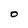
Character: 0